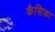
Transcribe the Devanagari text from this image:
कैसिका